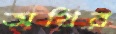
অথির